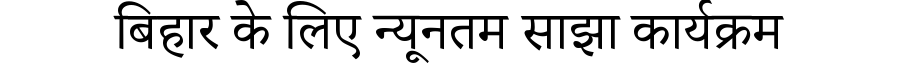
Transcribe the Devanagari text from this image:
बिहार के लिए न्यूनतम साझा कार्यक्रम